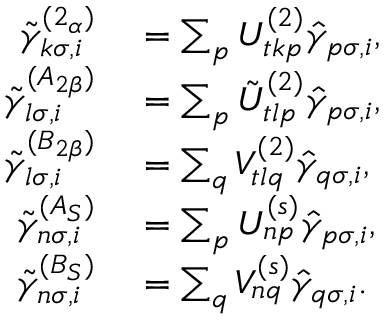
\begin{array} { r l } { \tilde { \gamma } _ { k \sigma , i } ^ { ( 2 _ { \alpha } ) } } & { { } = \sum _ { p } U _ { t k p } ^ { ( 2 ) } \hat { \gamma } _ { p \sigma , i } , } \\ { \tilde { \gamma } _ { l \sigma , i } ^ { ( A _ { 2 \beta } ) } } & { { } = \sum _ { p } \tilde { U } _ { t l p } ^ { ( 2 ) } \hat { \gamma } _ { p \sigma , i } , } \\ { \tilde { \gamma } _ { l \sigma , i } ^ { ( B _ { 2 \beta } ) } } & { { } = \sum _ { q } V _ { t l q } ^ { ( 2 ) } \hat { \gamma } _ { q \sigma , i } , } \\ { \tilde { \gamma } _ { n \sigma , i } ^ { ( A _ { S } ) } } & { { } = \sum _ { p } U _ { n p } ^ { ( s ) } \hat { \gamma } _ { p \sigma , i } , } \\ { \tilde { \gamma } _ { n \sigma , i } ^ { ( B _ { S } ) } } & { { } = \sum _ { q } V _ { n q } ^ { ( s ) } \hat { \gamma } _ { q \sigma , i } . } \end{array}